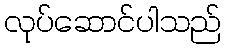
လုပ်ဆောင်ပါသည်